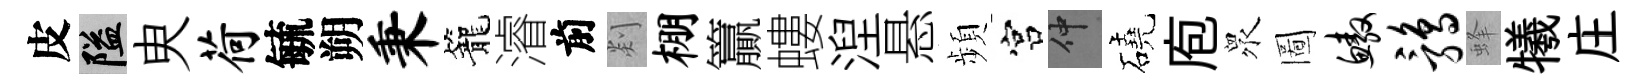
皮隘㬰荷毓朔秉籠濬前剡棚籯螻湼悬頻宫仲磽庖衆圖鳌鹑蜂犧庄